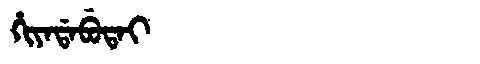
Manchu: ᡥᡳᠶᠠᡩᠠᠪᡠᡨᠠᡳ
Romanization: HIYADABUTAI